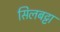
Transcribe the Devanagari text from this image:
सिलबट्टा